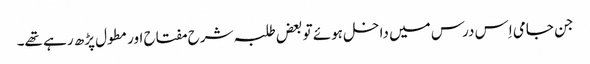
جن جامی اِس درس میں داخل ہوئے تو بعض طلبہ شرح مفتاح اور مطول پڑھ رہے تھے۔